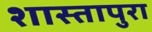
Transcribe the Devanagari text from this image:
शास्तापुरा